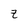
Character: z